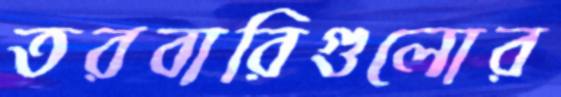
তরবারিগুলোর